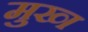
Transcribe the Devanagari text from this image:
मुख्‍ा